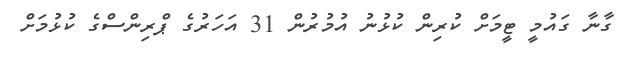
ގާނާ ގައުމީ ޓީމަށް ކުރިން ކުޅުނު އުމުރުން 31 އަހަރުގެ ޕްރިންސްގެ ކުޅުމަށް